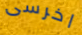
اخرسى